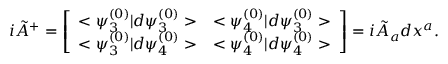
i { \tilde { A } } ^ { + } = \left[ \begin{array} { l l } { { < \psi _ { 3 } ^ { ( 0 ) } | d \psi _ { 3 } ^ { ( 0 ) } > } } & { { < \psi _ { 4 } ^ { ( 0 ) } | d \psi _ { 3 } ^ { ( 0 ) } > } } \\ { { < \psi _ { 3 } ^ { ( 0 ) } | d \psi _ { 4 } ^ { ( 0 ) } > } } & { { < \psi _ { 4 } ^ { ( 0 ) } | d \psi _ { 4 } ^ { ( 0 ) } > } } \end{array} \right] = i { \tilde { A } } _ { a } d x ^ { a } .